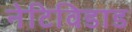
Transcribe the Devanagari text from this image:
नेटिविडाड